Vaccination in Bombay 1863-1868 - 1863-1868
Year: 1863
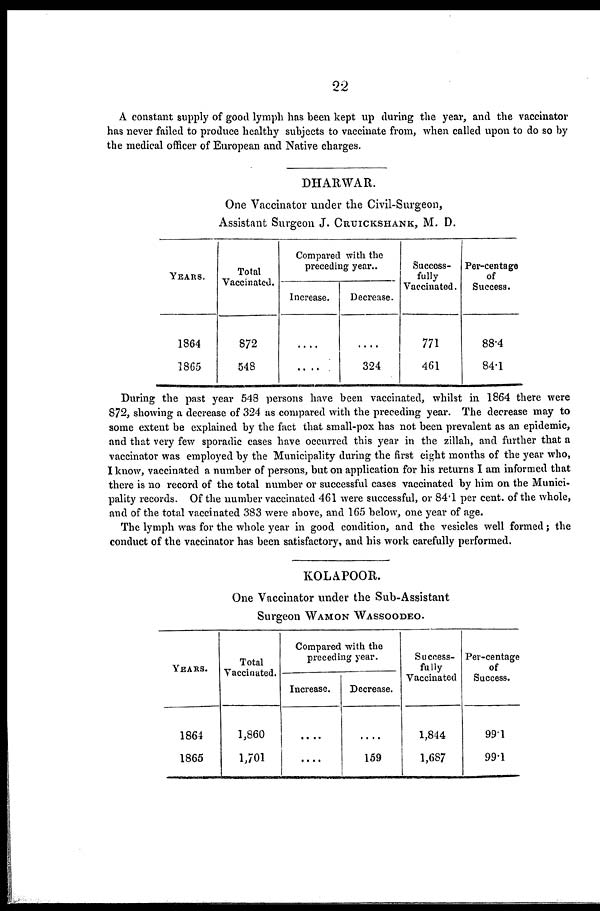
22
A constant supply of good lymph has been kept up during the year, and the vaccinator
has never failed to produce healthy subjects to vaccinate from, when called upon to do so by
the medical officer of European and Native charges.
DHARWAR.
One Vaccinator under the Civil.Surgeon,
Assistant Surgeon J. CRUICKSHANK, M. D.
YEARS.
1864
1865
Total
Vaccinated.
872
548
Compared with the
preceding year..
Increase.
....
....
Decrease.
....
324
Success-
fully
Vaccinated.
771
461
Per-centage
of
Success.
88.4
84.1
During the past year 548 persons have been vaccinated, whilst in 1864 there were
872, showing a decrease of 324 as compared with the preceding year. The decrease may to
some extent be explained by the fact that small-pox has not been prevalent as an epidemic,
and that very few sporadic cases have occurred this year in the zillah, and further that a
vaccinator was employed by the Municipality during the first eight months of the year who,
I know, vaccinated a number of persons, but on application for his returns I am informed that
there is no record of the total number or successful cases vaccinated by him on the Munici-
pality records. Of the number vaccinated 461 were successful, or 84.1 per cent. of the whole,
and of the total vaccinated 383 were above, and 165 below, one year of age.
The lymph was for the whole year in good condition, and the vesicles well formed; the
conduct of the vaccinator has been satisfactory, and his work carefully performed.
KOLAPOOR.
One Vaccinator under the Sub-Assistant
Surgeon WAMON WASSOODEO.
YEARS.
1864
1865
Total
Vaccinated.
1,860
1,701
Compared with the
preceding year.
Increase.
....
....
Decrease.
....
159
Success-
fully
Vaccinated
1,844
1,687
Per-centage
of
Success.
99.1
99.1